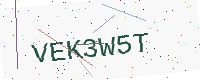
Text: VEK3W5T